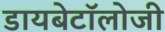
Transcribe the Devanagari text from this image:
डायबेटॉलोजी